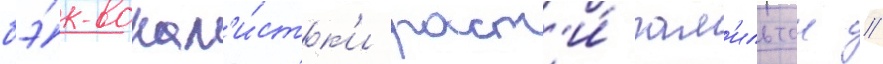
бэ́к-вокал'и́стк'и раст'и́ гам'ильтон //